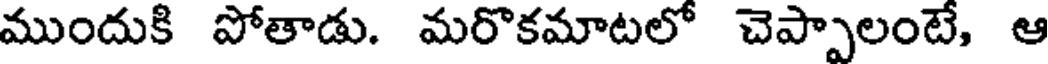
ముందుకి పోతాడు. మరొకమాటలో చెప్పాలంటే, ఆ